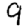
Digit: 9